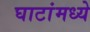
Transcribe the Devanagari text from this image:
घाटांमध्ये